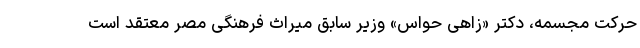
حرکت مجسمه، دکتر «زاهی حواس» وزیر سابق میراث فرهنگی مصر معتقد است